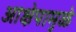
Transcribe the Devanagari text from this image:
आक्षेपामुळे